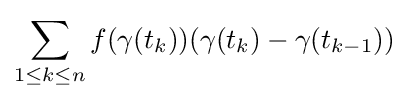
\sum _{1\leq k\leq n}f(\gamma (t_{k}))(\gamma (t_{k})-\gamma (t_{k-1}))